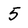
Character: 5